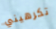
تكرهيني